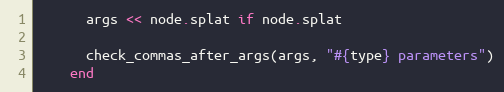
Language: Ruby
      args << node.splat if node.splat

      check_commas_after_args(args, "#{type} parameters")
    end